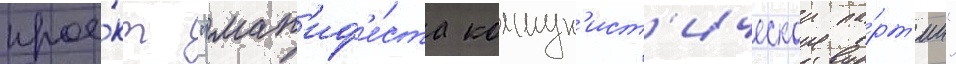
прое́кт "ман'иф'е́ста коммун'ист'ическои па́рт'ии"